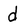
Character: d